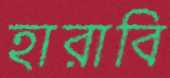
হারাবি